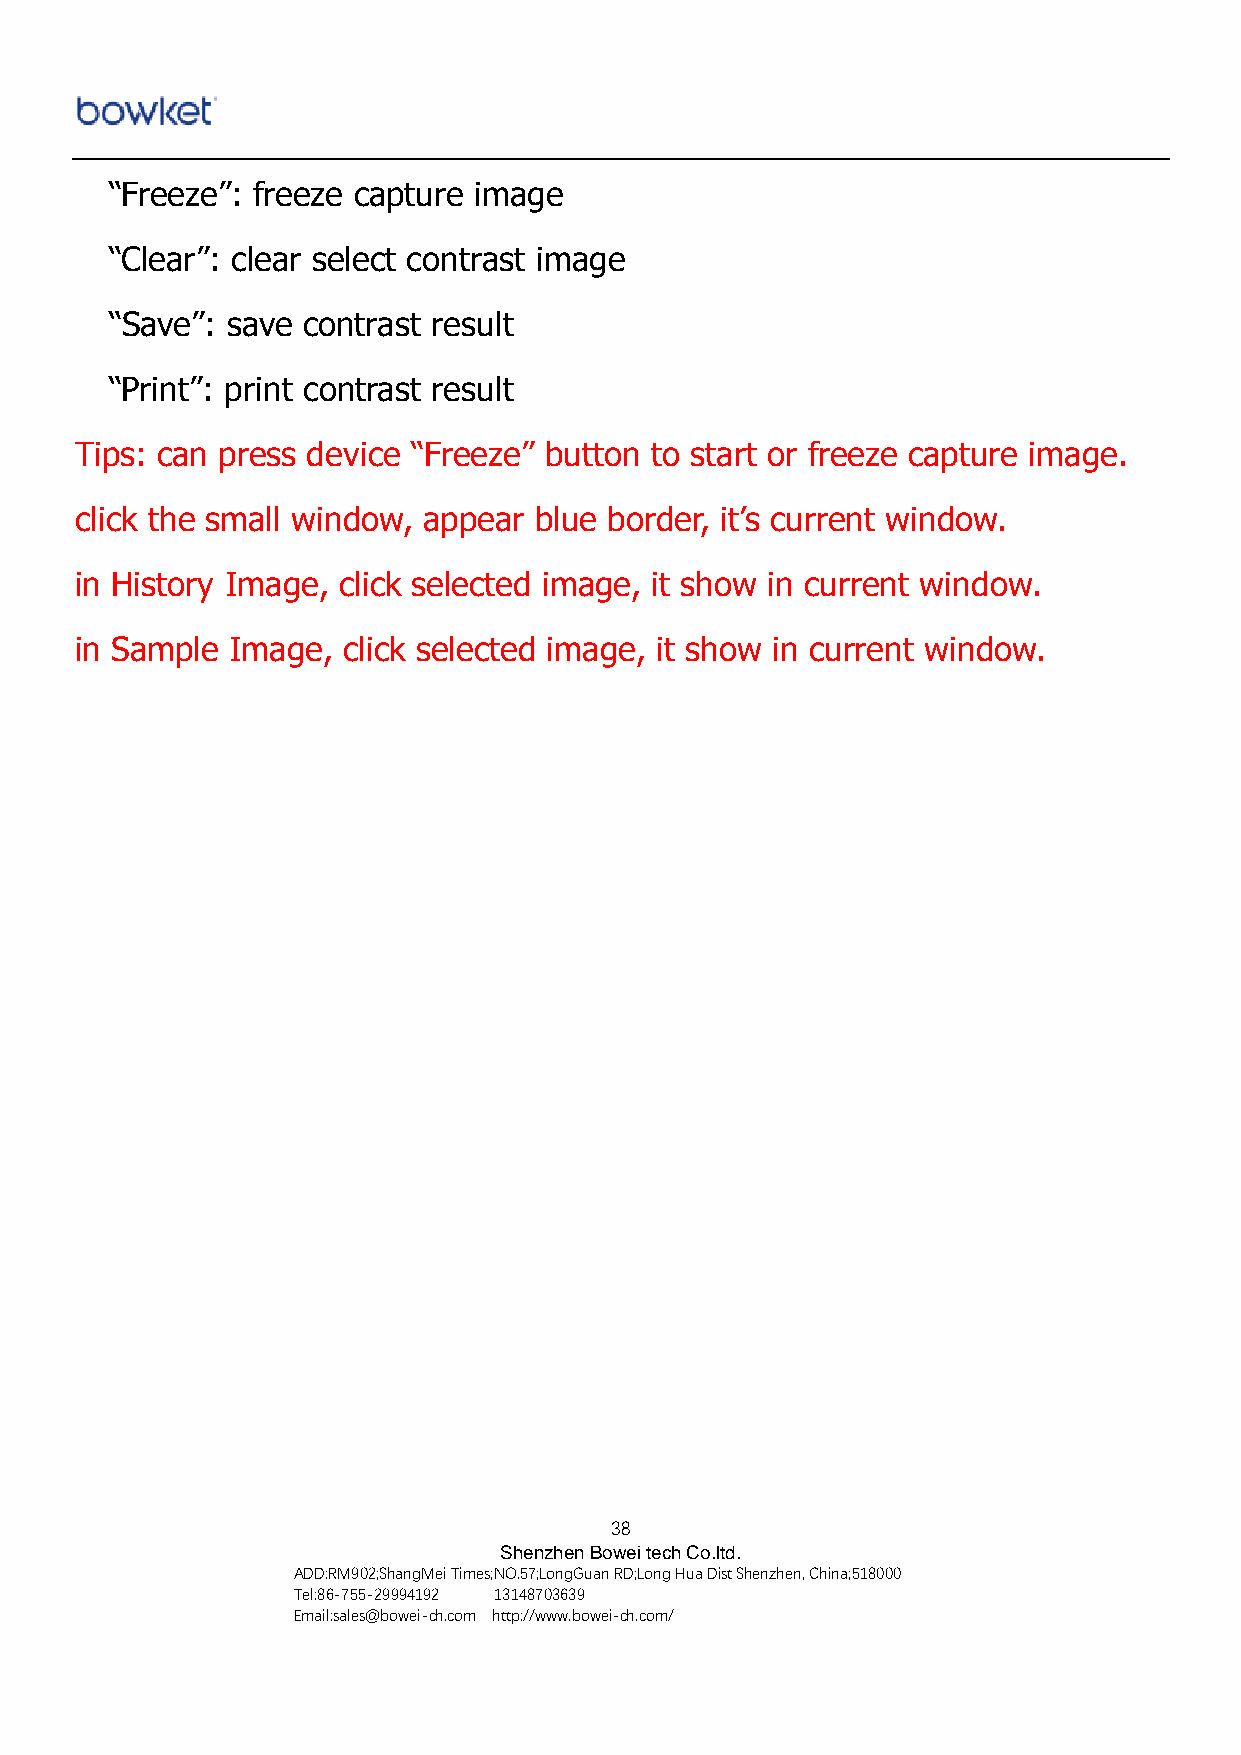
“Freeze”: freeze capture image
 “Clear”: clear select contrast image
 “Save”: save contrast result
 “Print”: print contrast result
 Tips: can press device “Freeze” button to start or freeze capture image.
 click the small window, appear blue border, it’s current window.
 in History Image, click selected image, it show in current window.
 in Sample Image,  click selected image, it show in current window.
 38
 Shenzhen Bowei tech Co.ltd.
 ADD:RM902;ShangMei Times;NO.57;LongGuan RD;Long Hua Dist Shenzhen, China;518000
 Tel:86-755-29994192 13148703639
 Email:sales@bowei-ch.com http://www.bowei-ch.com/